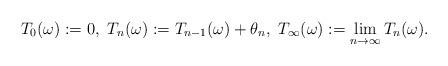
LaTeX: \begin{align*} T_0(\omega):=0,~ T_n(\omega):= T_{n-1}(\omega)+\theta_{n},~ T_\infty(\omega):=\lim_{n\rightarrow\infty}T_n(\omega).\end{align*}